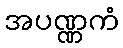
အပဏ္ဏကံ